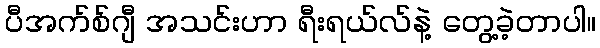
ပီအက်စ်ဂျီ အသင်းဟာ ရီးရယ်လ်နဲ့ တွေ့ခဲ့တာပါ။